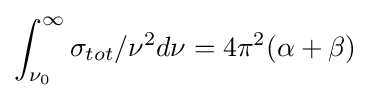
\int _{\nu _{0}}^{\infty }\sigma _{tot}/\nu ^{2}d\nu =4\pi ^{2}(\alpha +\beta )